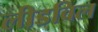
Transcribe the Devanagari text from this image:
लीडविल